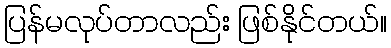
ပြန်မလုပ်တာလည်း ဖြစ်နိုင်တယ်။